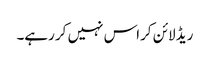
ریڈ لائن کراس نہیں کر رہے۔